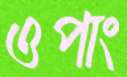
ওপাং